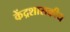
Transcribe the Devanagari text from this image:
केंद्रशासकीय